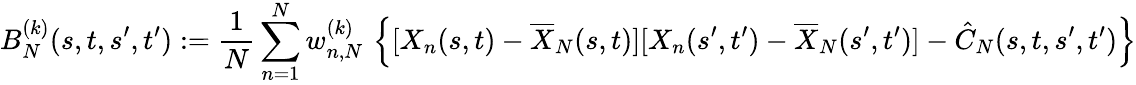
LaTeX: B_{N}^{(k)}(s,t,s^{\prime},t^{\prime}):=\frac{1}{N}\sum_{n=1}^{N}w_{n,N}^{(k)}\, \left\{ [X_{n}(s,t)-\overline{{X}}_{N}(s,t)][X_{n}(s^{\prime},t^{\prime})-\overline{{X}}_{N}(s^{\prime},t^{\prime})]-\hat{C}_{N}(s,t,s^{\prime},t^{\prime})\right\}